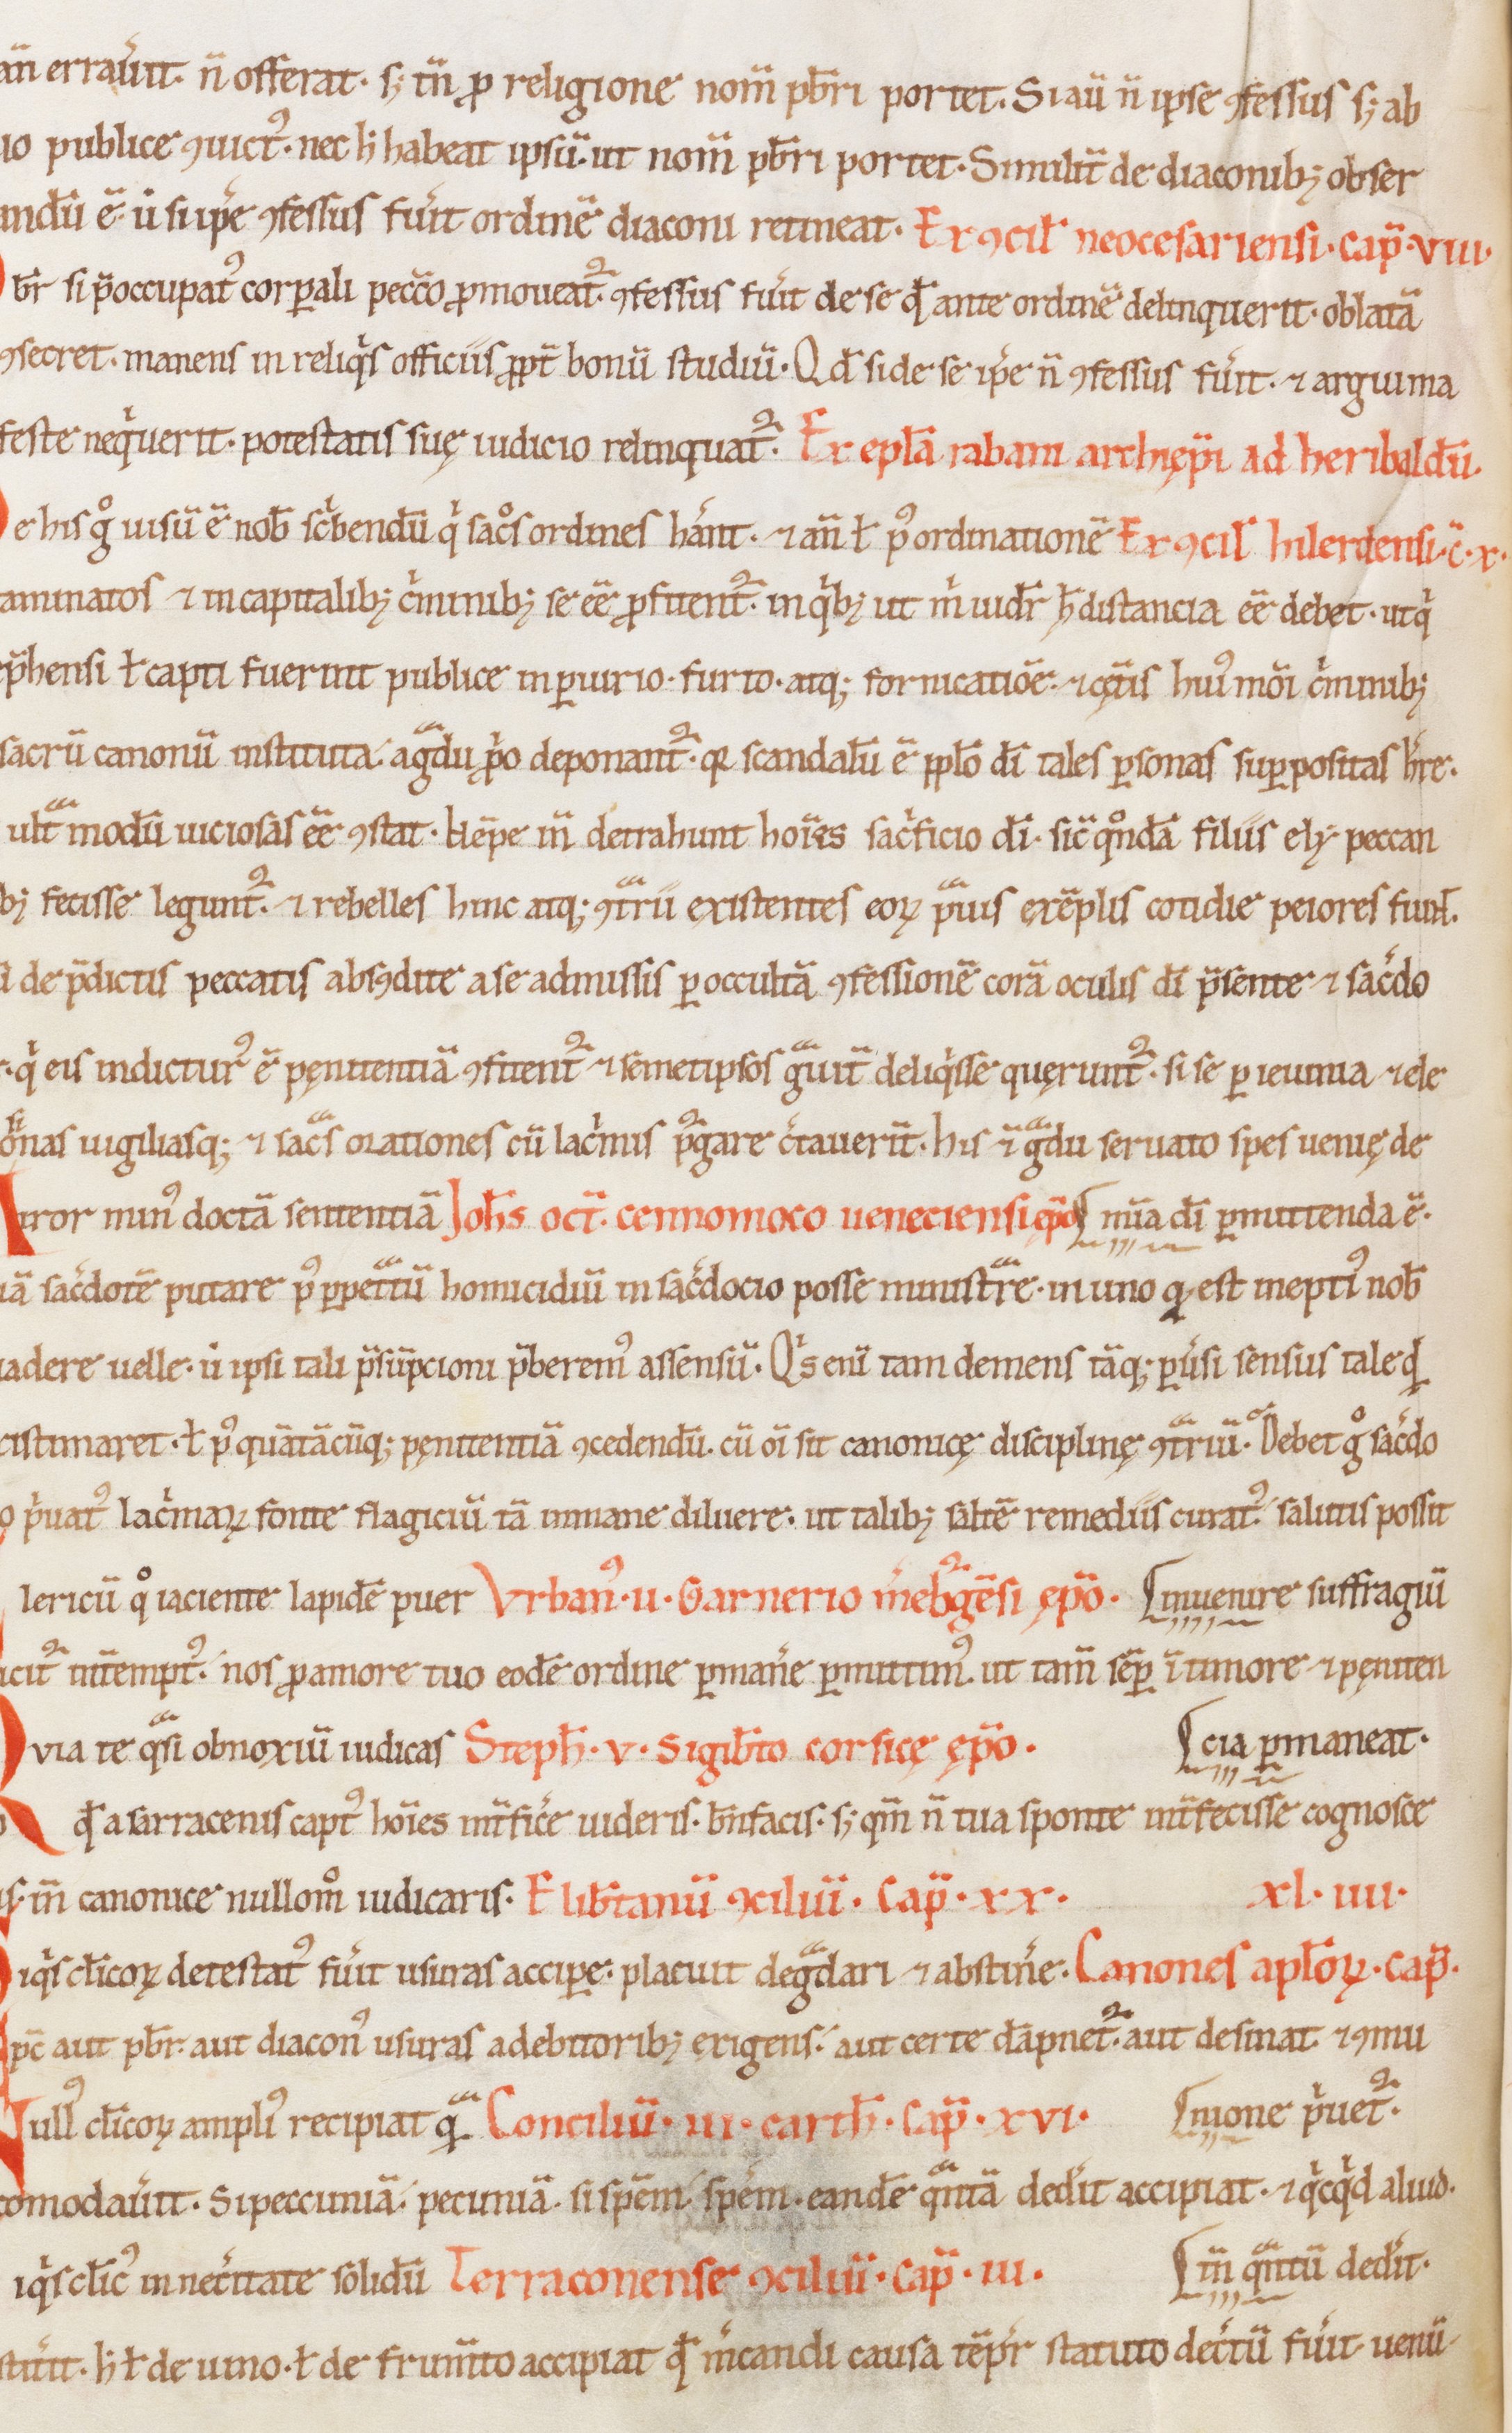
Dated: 1100–1199